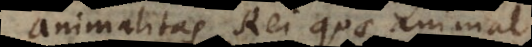
animalitas Rei quae animal